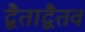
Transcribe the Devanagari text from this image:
द्वैताद्वैतव